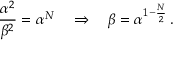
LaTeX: { \frac { \alpha ^ { 2 } } { \beta ^ { 2 } } } = \alpha ^ { N } \quad \Rightarrow \quad \beta = \alpha ^ { 1 - { \frac { N } { 2 } } } \, .